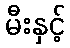
မီးနှင့်